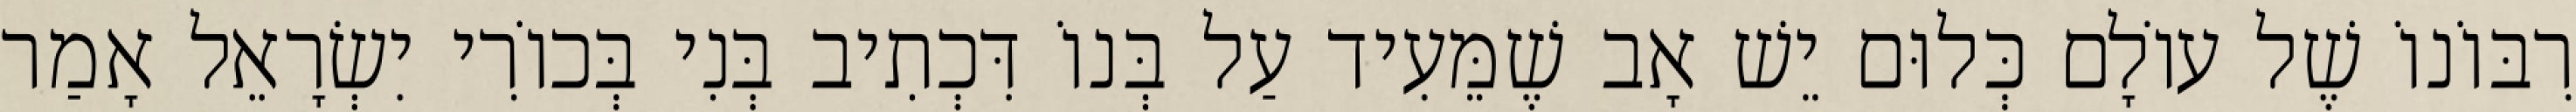
רִבּוֹנוֹ שֶׁל עוֹלָם כְּלוּם יֵשׁ אָב שֶׁמֵּעִיד עַל בְּנוֹ דִּכְתִיב בְּנִי בְּכוֹרִי יִשְׂרָאֵל אָמַר